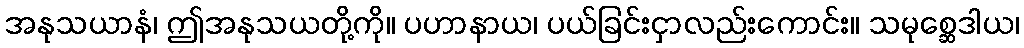
အနုသယာနံ၊ ဤအနုသယတို့ကို။ ပဟာနာယ၊ ပယ်ခြင်းငှာလည်းကောင်း။ သမုစ္ဆေဒါယ၊